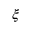
\xi